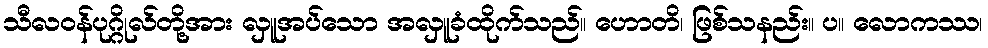
သီလဝန်ပုဂ္ဂိုလ်တို့အား လှူအပ်သော အလှူခံထိုက်သည်။ ဟောတိ၊ ဖြစ်သနည်း။ ပ။ လောကဿ၊